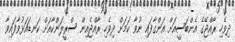
ދިވެހި ރާއްޖޭގެ އެންބަސީއަށް އަންގާފައި ނުވާ ކަމަށް ދިވެހި ރާއްޖެއިން ސްރީލަންކާއަށް ކަނޑައަޅުވާފައިވާ